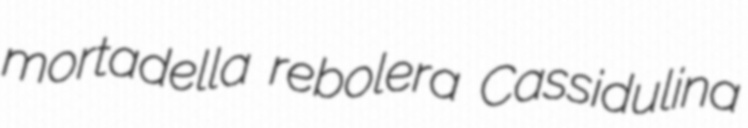
mortadella rebolera Cassidulina